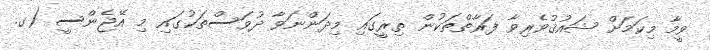
ވީމާ މިކަމަށް ޝައުޤުވެރިވާ ފަރާތްތަކުން ތިރީގައި މިދަންނަވާ ދުވަސްތަކުގައި މި އޭޖެންސީ (ގ.